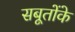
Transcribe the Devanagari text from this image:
सबूतोंके